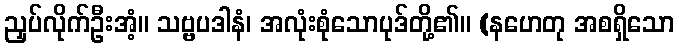
ညှပ်လိုက်ဦးအံ့။ သဗ္ဗပဒါနံ၊ အလုံးစုံသောပုဒ်တို့၏။ (နဟေတု အစရှိသော